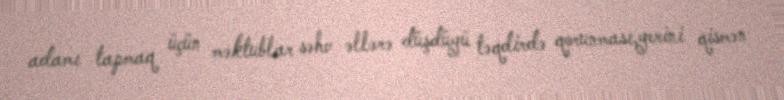
adamı tapmaq üçün məktublar səhv əllərə düşdüyü təqdirdə qorunması,yerini qismən